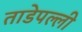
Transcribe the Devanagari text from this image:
ताडेपल्ली